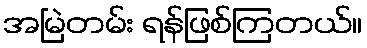
အမြဲတမ်း ရန်ဖြစ်ကြတယ်။